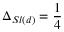
\Delta _ { S l ( d ) } = \frac { 1 } { 4 }